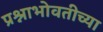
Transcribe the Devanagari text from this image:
प्रश्नाभोवतीच्या